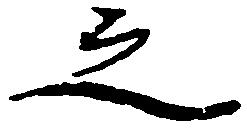
之